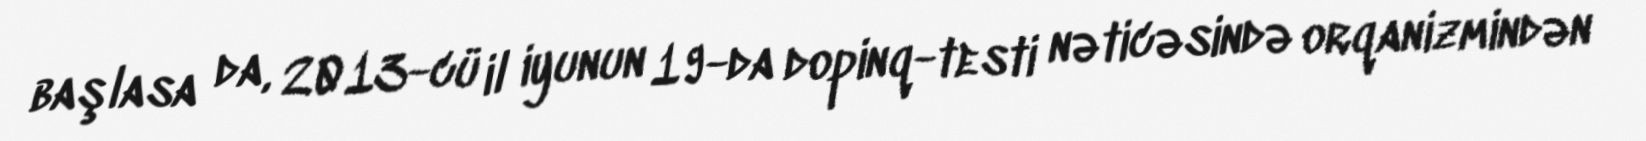
başlasa da, 2013-cü il iyunun 19-da dopinq-testi nəticəsində orqanizmindən